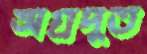
অগ্রদুত